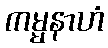
ကမ္မနာဟံ